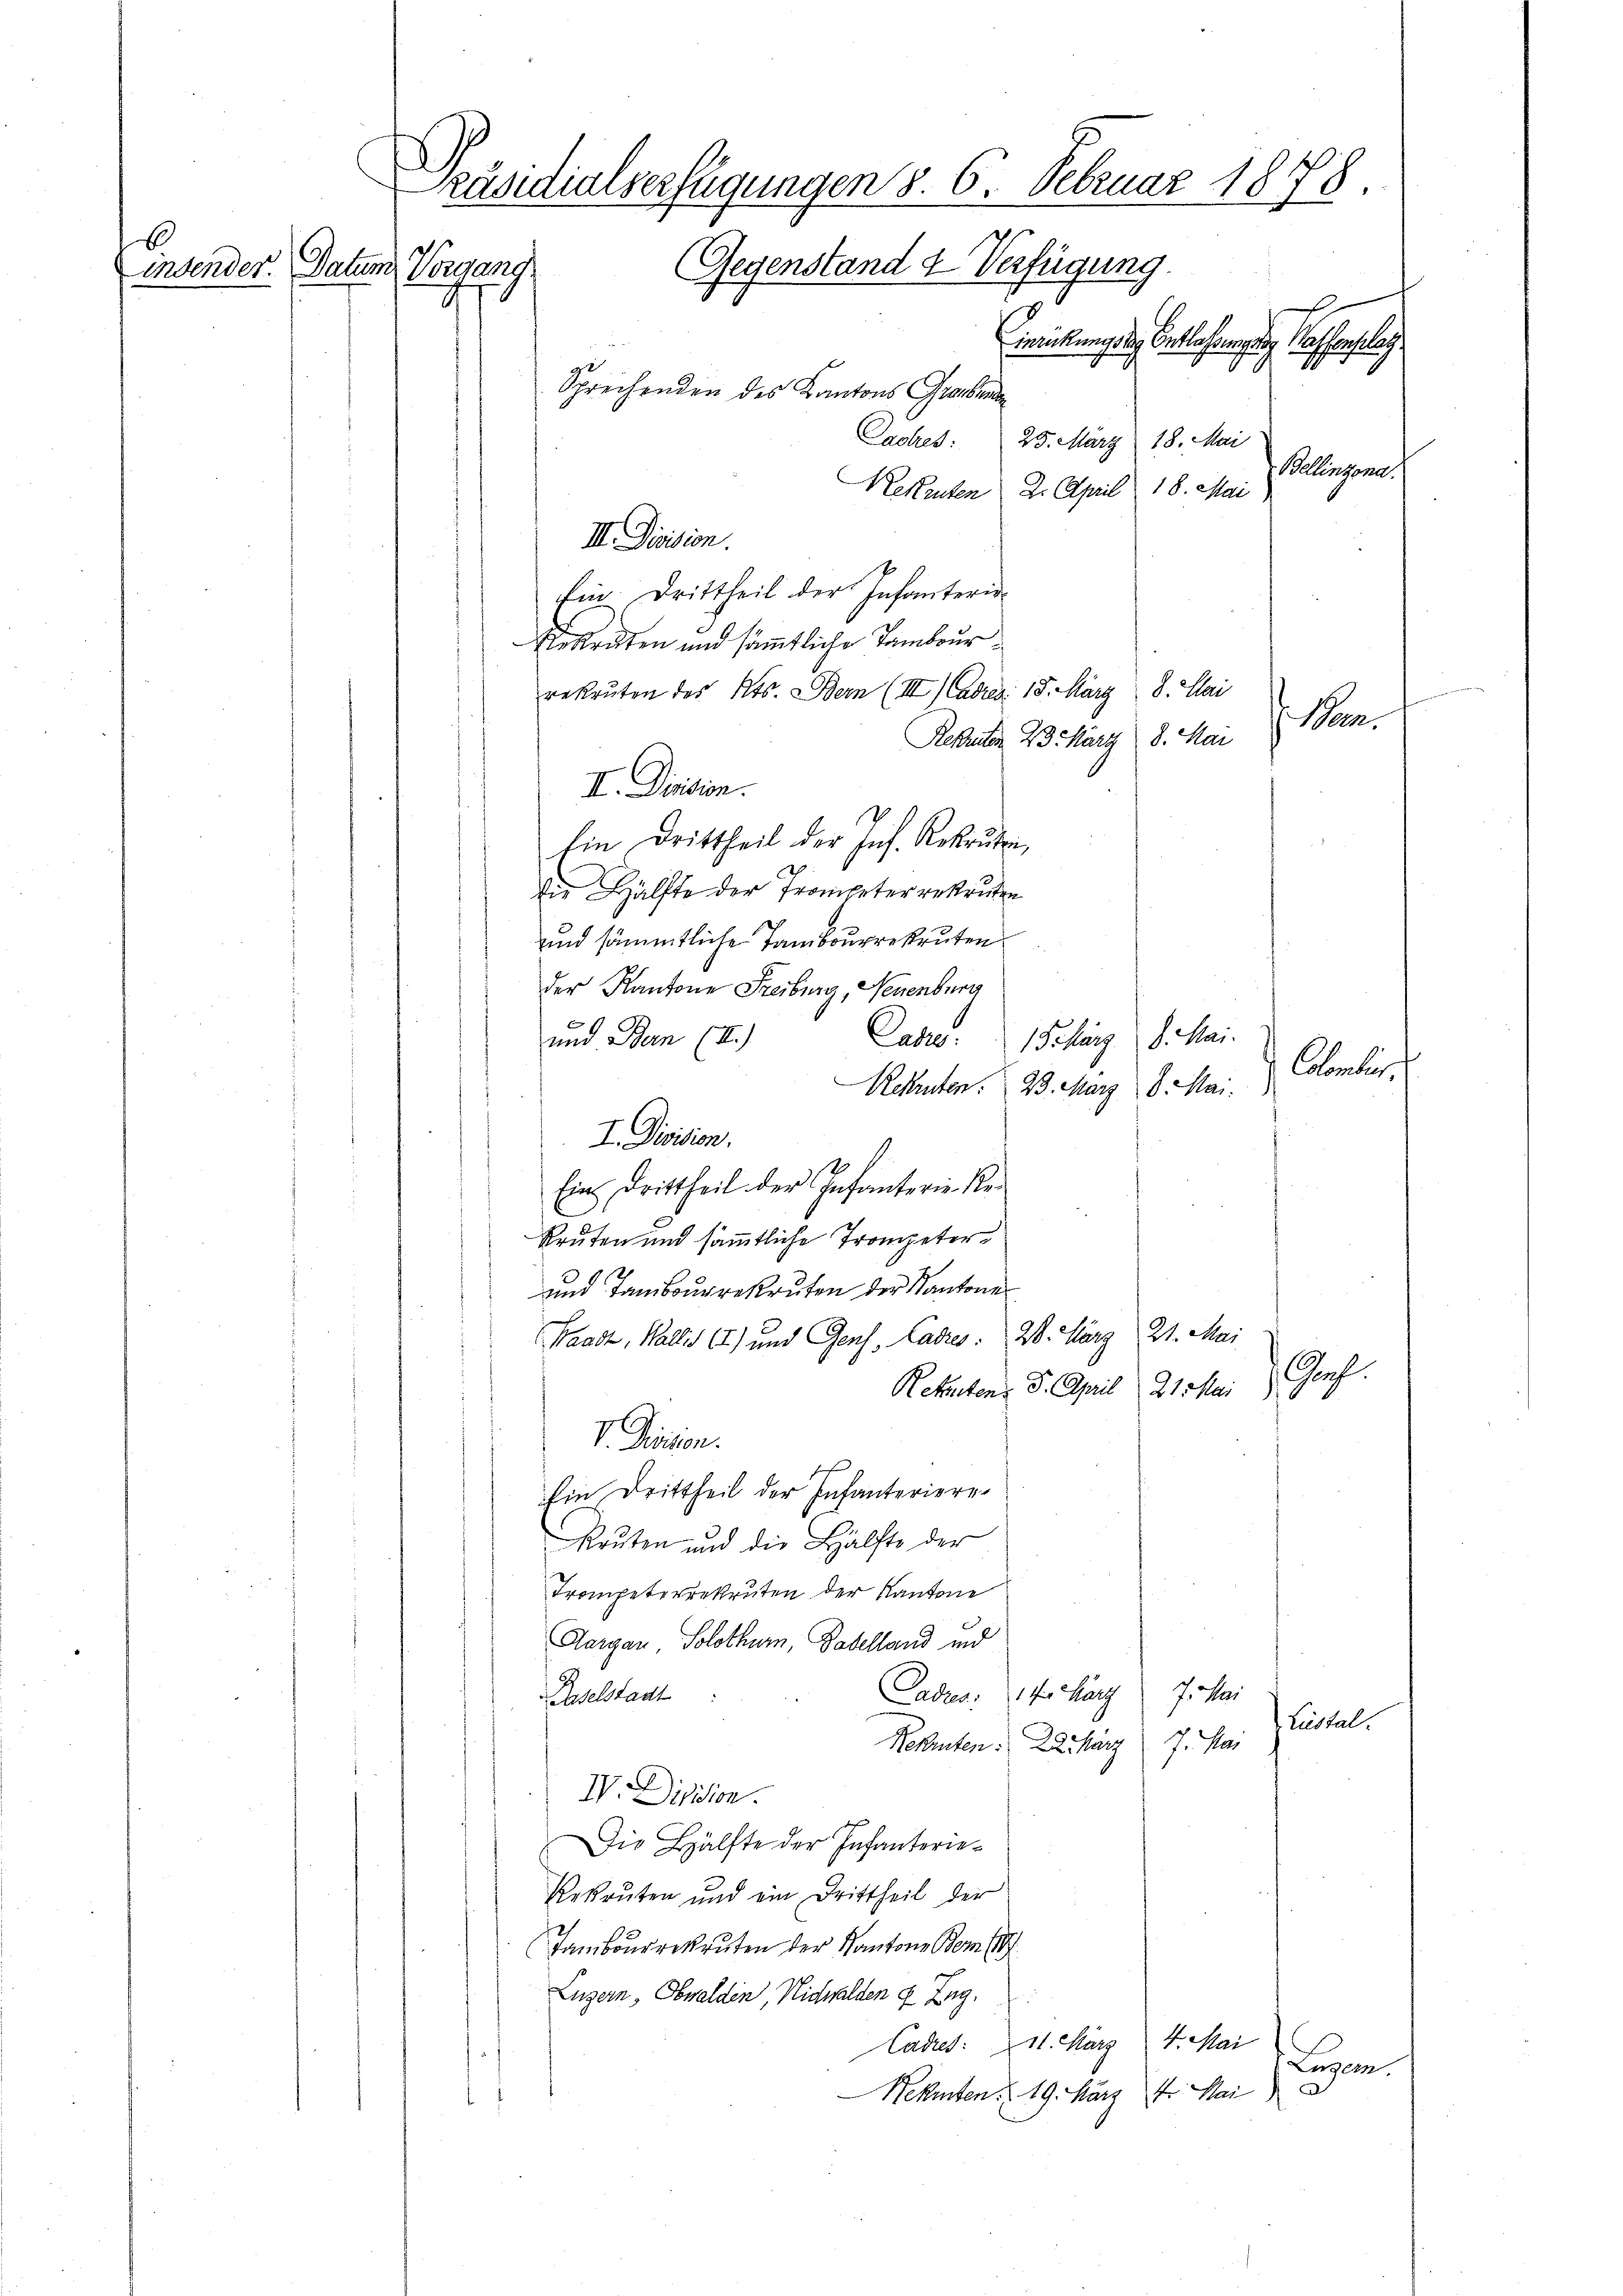
Präsidialverfügungen d. 6. Februar 1878.
Gegenstand & Verfügung.
insender. Datum Vorgang
.
merckung des Entlassung Wassenslag
s
Sprechenden des Kantons Graubenan
Ladres. 25. März 18. Mai

Balingend.
Rekruten 2. April 18. Mai
III. Division.
Ein. Drittheil der Infanteri-
Rekruten und sämmtliche Tambourrekruten des Kts. Bern (III (Cadres 15. März 8. Mai
Man.
Rekruten 23. März 8. Mai
II. Dension.
Ein Drittheil der Inf. Rekruten,
die Hälfte der Trompeter rekruten
und sämmtliche Tambourekruten
der Kantone Freiburg, Neuenburg
und Bern (II)
Case
Sekarg d. Mai.
amnter
Rekruten. 23. März 8. Mai.
I. Division.
1
Ein Drittheil der Infanterie Rekruten und sämmtliche Trompeter¬
und Tambourekruten der Kantone
26. März 21. Mai
Waadt, Walles 67) und Genf, Cadres.
Prof.
Retenten S. April 21. Mai
V. Diension.
f
Ein Drittheil der Infanteriere.
Reuten und die Hälfte der
Trompeterrekruten der Kantone
Aargau, Solothurn, Gabelland und
J. Mar
Daselstadt
Cadres. 14. März
Lestal.
Rekruten: 29 März 7. Mai
V. Division.
Die Hälfte der Infanterie¬
Rekruten und ein Drittheil der
Tambourekruten der Kantone Bem (
Luzern, Obwalden, Nichwalden u Zug,
Cadres: 11. März 4. Mai
Eugen.
Nehmten 19. März 1. Mai